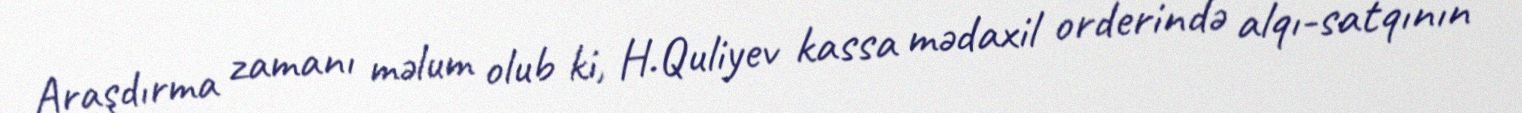
Araşdırma zamanı məlum olub ki, H.Quliyev kassa mədaxil orderində alqı-satqının